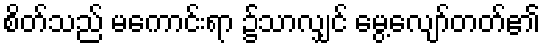
စိတ်သည် မကောင်းရာ ၌သာလျှင် မွေ့လျော်တတ်၏